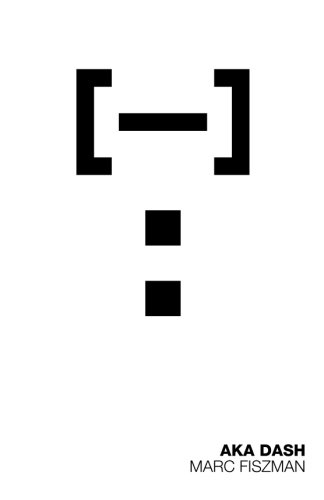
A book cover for AKA Dash; Marc Fiszman; Science Fiction & Fantasy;